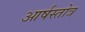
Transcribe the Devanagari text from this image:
आर्षस्तोत्र